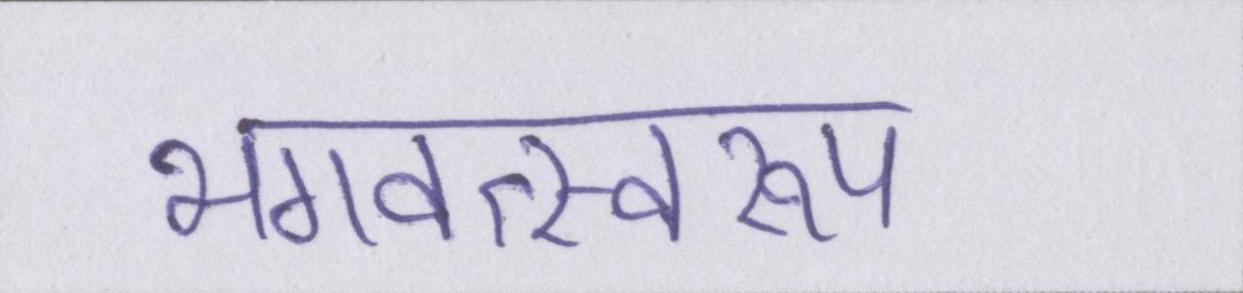
भगवत्स्वरूप